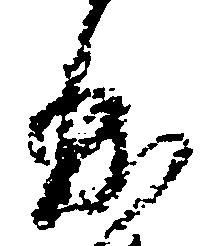
曲